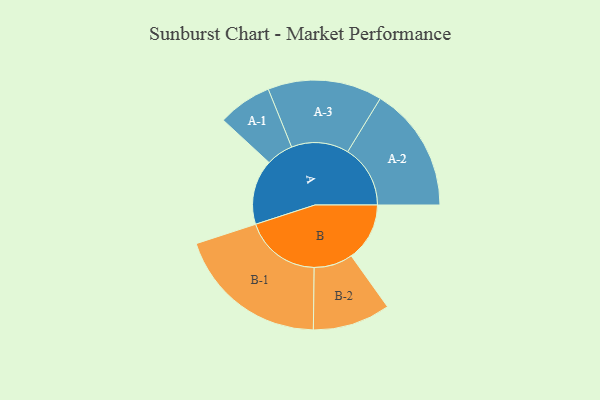
{"axis": {"x": "Segment", "y": "Value"}, "legend": ["", "A", "B"], "data": [{"x": "A", "y": 243, "type": ""}, {"x": "B", "y": 218, "type": ""}, {"x": "A-1", "y": 101, "type": "A"}, {"x": "A-2", "y": 234, "type": "A"}, {"x": "A-3", "y": 214, "type": "A"}, {"x": "B-1", "y": 285, "type": "B"}, {"x": "B-2", "y": 145, "type": "B"}]}